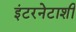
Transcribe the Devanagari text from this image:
इंटरनेटाशी